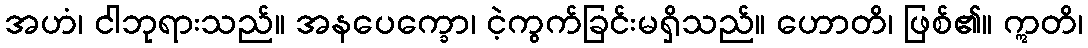
အဟံ၊ ငါဘုရားသည်။ အနပေက္ခော၊ ငဲ့ကွက်ခြင်းမရှိသည်။ ဟောတိ၊ ဖြစ်၏။ ဣတိ၊